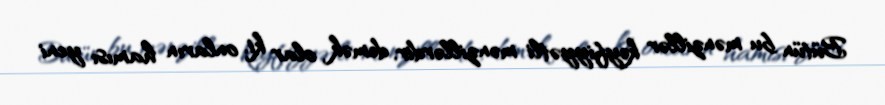
Bütün bu mənzillər keyfiyyətli mənzillərdir, demək olar ki, onların hamısı yeni